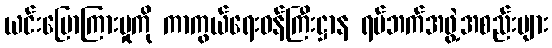
ယင်းပြောကြားမှုကို ကာကွယ်ရေးဝန်ကြီးဋ္ဌာန ရပ်ဘက်အဖွဲ့အစည်းများ